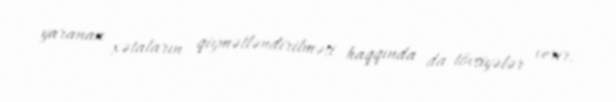
yaranan xətaların qiymətləndirilməsi haqqında da tövsiyələr verir.